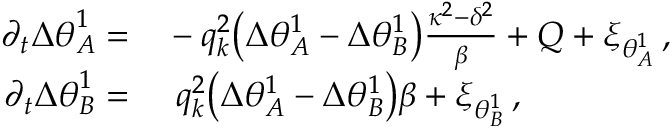
\begin{array} { r l } { \partial _ { t } { \Delta \theta } _ { A } ^ { 1 } = } & { { } - q _ { k } ^ { 2 } \big ( \Delta \theta _ { A } ^ { 1 } - \Delta \theta _ { B } ^ { 1 } \big ) \frac { \kappa ^ { 2 } - \delta ^ { 2 } } { \beta } + Q + \xi _ { \theta _ { A } ^ { 1 } } \, , } \\ { \partial _ { t } { \Delta \theta } _ { B } ^ { 1 } = } & { { } ~ q _ { k } ^ { 2 } \big ( \Delta \theta _ { A } ^ { 1 } - \Delta \theta _ { B } ^ { 1 } \big ) \beta + \xi _ { \theta _ { B } ^ { 1 } } \, , } \end{array}